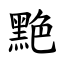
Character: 䵥